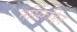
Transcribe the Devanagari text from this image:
नसिरुद्दिन